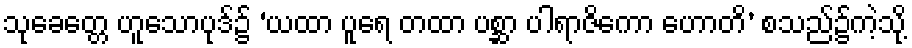
သုခေတ္တေ ဟူသောပုဒ်၌ ‘ယထာ ပူရေ တထာ ပစ္ဆာ ပါရာဇိကော ဟောတိ’ စသည်၌ကဲ့သို့